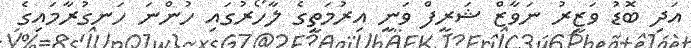
އަދި ބޮޑު ވަޒީރު ނަވާޒް ޝަރީފް ވަނީ އިރުމަތީގެ ލާހޯރުގައި ހުންނަ ހަނގުރާމައިގެ